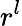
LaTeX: r^{l}